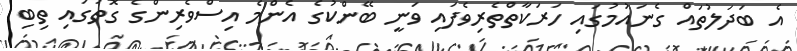
އެ ބަދަލުތައް ގެނައުމުގައި ހަރަކާތްތެރިވެފައި ވަނީ ބޭންކުގެ އެންމެ އިސްވެރިންގެ ގޮތުގައި ތިބި